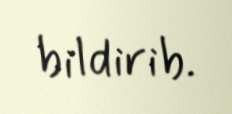
bildirib.